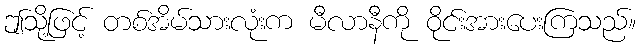
ဤသို့ဖြင့် တစ်အိမ်သားလုံးက မီလာနီကို ဝိုင်းအားပေးကြသည်။